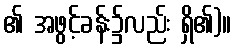
၏ အဖွင့်ခန်း၌လည်း ရှိ၏)။